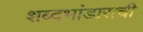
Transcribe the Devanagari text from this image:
शब्दभांडाराची